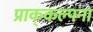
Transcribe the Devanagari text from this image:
प्राक्‌कल्पना